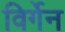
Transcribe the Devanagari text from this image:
विर्गेन